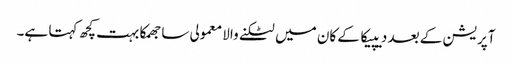
آپریشن کے بعد دیپیکا کے کان میں لٹکنے والا معمولی سا جھمکا بہت کچھ کہتا ہے۔